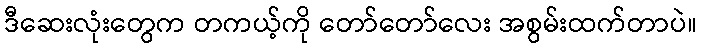
ဒီဆေးလုံးတွေက တကယ့်ကို တော်တော်လေး အစွမ်းထက်တာပဲ။